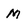
Character: M